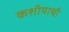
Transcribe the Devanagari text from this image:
कशीयाची